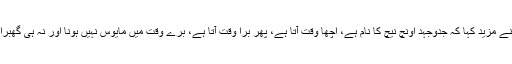
انہوں نے مزید کہا کہ جدوجہد اونچ نیچ کا نام ہے، اچھا وقت آتا ہے، پھر برا وقت آتا ہے، برے وقت میں مایوس نہیں ہونا اور نہ ہی گھبرانا ہے۔